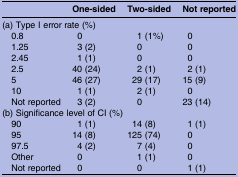
<table><thead><tr><td></td><td><b>One-sided</b></td><td><b>Two-sided</b></td><td><b>Not reported</b></td></tr></thead><tbody><tr><td colspan="4">(a) Type I error rate (%)</td></tr><tr><td> 0.8</td><td>0</td><td>1 (1%)</td><td>0</td></tr><tr><td> 1.25</td><td>3 (2)</td><td>0</td><td>0</td></tr><tr><td> 2.45</td><td>1 (1)</td><td>0</td><td>0</td></tr><tr><td> 2.5</td><td>40 (24)</td><td>2 (1)</td><td>2 (1)</td></tr><tr><td> 5</td><td>46 (27)</td><td>29 (17)</td><td>15 (9)</td></tr><tr><td> 10</td><td>1 (1)</td><td>2 (1)</td><td>0</td></tr><tr><td> Not reported</td><td>3 (2)</td><td>0</td><td>23 (14)</td></tr><tr><td colspan="4">(b) Significance level of CI (%)</td></tr><tr><td> 90</td><td>1 (1)</td><td>14 (8)</td><td>1 (1)</td></tr><tr><td> 95</td><td>14 (8)</td><td>125 (74)</td><td>0</td></tr><tr><td> 97.5</td><td>4 (2)</td><td>7 (4)</td><td>0</td></tr><tr><td> Other</td><td>0</td><td>1 (1)</td><td>0</td></tr><tr><td> Not reported</td><td>0</td><td>0</td><td>1 (1)</td></tr></tbody></table>